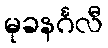
မုခနင်္ဂလီ